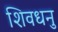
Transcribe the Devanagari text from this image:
शिवधनु